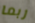
ربما